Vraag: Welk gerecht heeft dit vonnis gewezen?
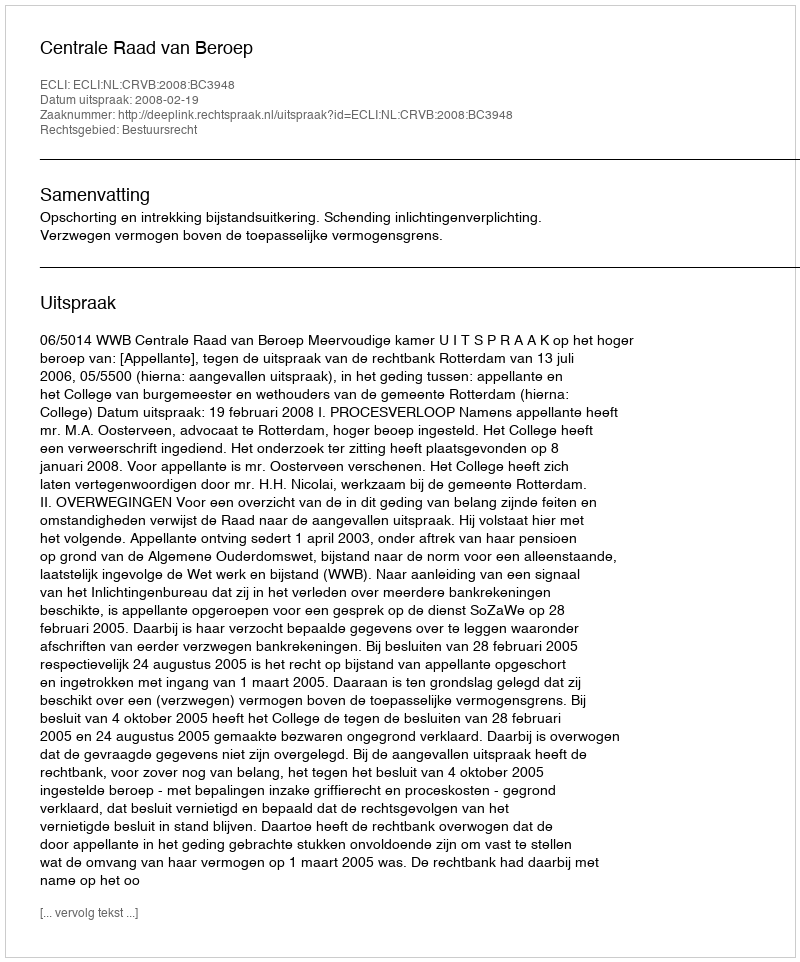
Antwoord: Centrale Raad van Beroep